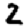
Digit: 2